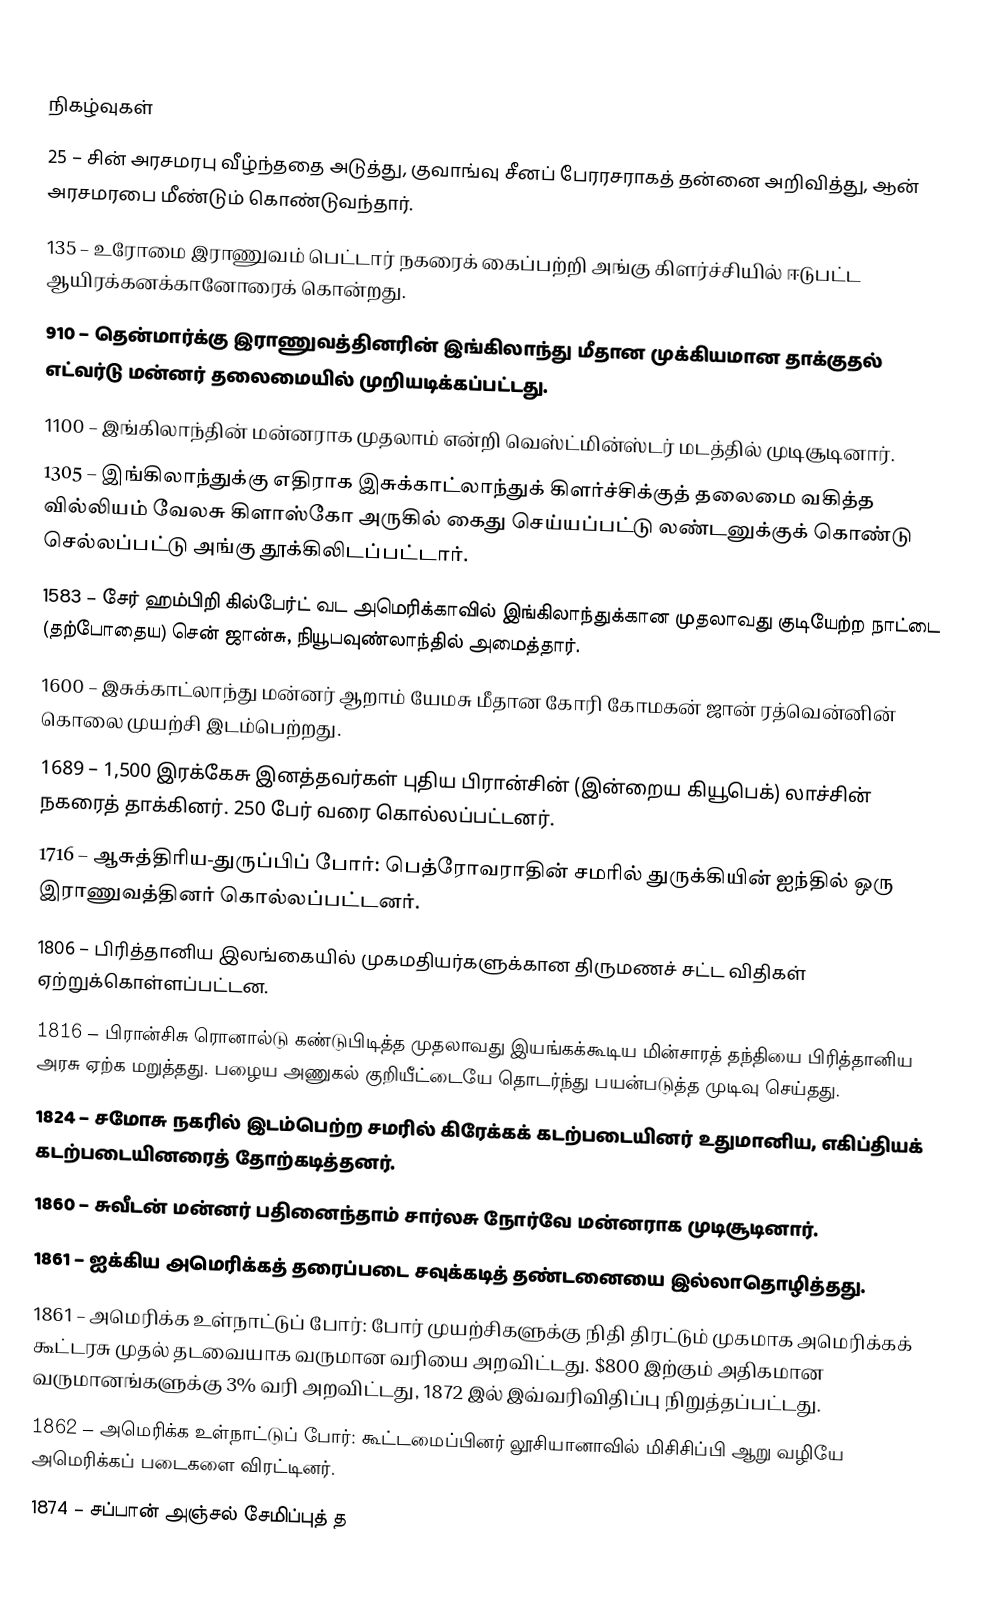

நிகழ்வுகள்
25 – சின் அரசமரபு வீழ்ந்ததை அடுத்து, குவாங்வு சீனப் பேரரசராகத் தன்னை அறிவித்து, ஆன் அரசமரபை மீண்டும் கொண்டுவந்தார்.
135 – உரோமை இராணுவம் பெட்டார் நகரைக் கைப்பற்றி அங்கு கிளர்ச்சியில் ஈடுபட்ட ஆயிரக்கனக்கானோரைக் கொன்றது.
910 – தென்மார்க்கு இராணுவத்தினரின் இங்கிலாந்து மீதான முக்கியமான தாக்குதல் எட்வர்டு மன்னர் தலைமையில் முறியடிக்கப்பட்டது.
1100 – இங்கிலாந்தின் மன்னராக முதலாம் என்றி வெஸ்ட்மின்ஸ்டர் மடத்தில் முடிசூடினார்.
1305 – இங்கிலாந்துக்கு எதிராக இசுக்காட்லாந்துக் கிளர்ச்சிக்குத் தலைமை வகித்த வில்லியம் வேலசு கிளாஸ்கோ அருகில் கைது செய்யப்பட்டு லண்டனுக்குக் கொண்டு செல்லப்பட்டு அங்கு தூக்கிலிடப்பட்டார்.
1583 – சேர் ஹம்பிறி கில்பேர்ட் வட அமெரிக்காவில் இங்கிலாந்துக்கான முதலாவது குடியேற்ற நாட்டை (தற்போதைய) சென் ஜான்சு, நியூபவுண்லாந்தில் அமைத்தார்.
1600 – இசுக்காட்லாந்து மன்னர் ஆறாம் யேமசு மீதான கோரி கோமகன் ஜான் ரத்வென்னின் கொலை முயற்சி இடம்பெற்றது.
1689 – 1,500 இரக்கேசு இனத்தவர்கள் புதிய பிரான்சின் (இன்றைய கியூபெக்) லாச்சின் நகரைத் தாக்கினர். 250 பேர் வரை கொல்லப்பட்டனர்.
1716 – ஆசுத்திரிய-துருப்பிப் போர்: பெத்ரோவராதின் சமரில் துருக்கியின் ஐந்தில் ஒரு இராணுவத்தினர் கொல்லப்பட்டனர்.
1806 – பிரித்தானிய இலங்கையில் முகமதியர்களுக்கான திருமணச் சட்ட விதிகள் ஏற்றுக்கொள்ளப்பட்டன.
1816 – பிரான்சிசு ரொனால்டு கண்டுபிடித்த முதலாவது இயங்கக்கூடிய மின்சாரத் தந்தியை பிரித்தானிய அரசு ஏற்க மறுத்தது. பழைய அணுகல் குறியீட்டையே தொடர்ந்து பயன்படுத்த முடிவு செய்தது.
1824 – சமோசு நகரில் இடம்பெற்ற சமரில் கிரேக்கக் கடற்படையினர் உதுமானிய, எகிப்தியக் கடற்படையினரைத் தோற்கடித்தனர்.
1860 – சுவீடன் மன்னர் பதினைந்தாம் சார்லசு நோர்வே மன்னராக முடிசூடினார்.
1861 – ஐக்கிய அமெரிக்கத் தரைப்படை சவுக்கடித் தண்டனையை இல்லாதொழித்தது.
1861 – அமெரிக்க உள்நாட்டுப் போர்: போர் முயற்சிகளுக்கு நிதி திரட்டும் முகமாக அமெரிக்கக் கூட்டரசு முதல் தடவையாக வருமான வரியை அறவிட்டது. $800 இற்கும் அதிகமான வருமானங்களுக்கு 3% வரி அறவிட்டது, 1872 இல் இவ்வரிவிதிப்பு நிறுத்தப்பட்டது.
1862 – அமெரிக்க உள்நாட்டுப் போர்: கூட்டமைப்பினர் லூசியானாவில் மிசிசிப்பி ஆறு வழியே அமெரிக்கப் படைகளை விரட்டினர்.
1874 – சப்பான் அஞ்சல் சேமிப்புத் த